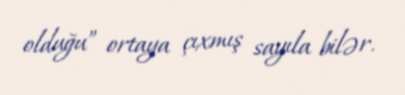
olduğu” ortaya çıxmış sayıla bilər.